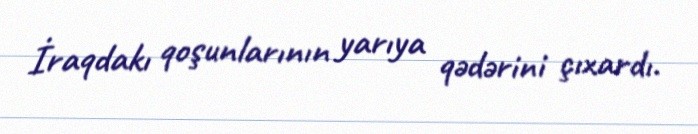
İraqdakı qoşunlarının yarıya qədərini çıxardı.